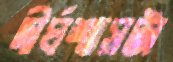
দীর্ঘশ্বাসটা